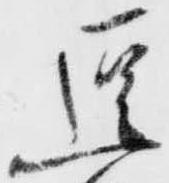
逗